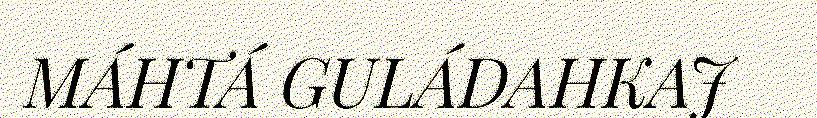
MÁHTÁ GULÁDAHKAJ